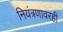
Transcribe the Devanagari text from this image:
नियंत्रणावरही